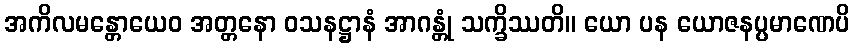
အကိလမန္တောယေဝ အတ္တနော ဝသနဋ္ဌာနံ အာဂန္တုံ သက္ခိဿတိ။ ယော ပန ယောဇနပ္ပမာဏေပိ